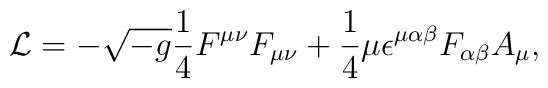
{\cal L}=-\sqrt{-g}{1\over4}F^{\mu\nu}F_{\mu\nu}+{1\over4}\mu\epsilon^{\mu\alpha\beta}F_{\alpha\beta}A_\mu,